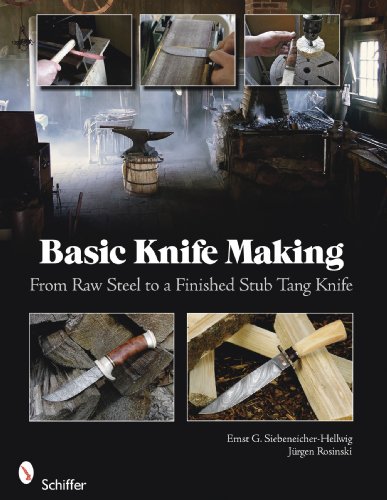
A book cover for Basic Knife Making:  From Raw Steel to a Finished Stub Tang Knife; Jurgen Rosinski Ernst G. Siebeneicher-Hellwig; Crafts, Hobbies & Home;